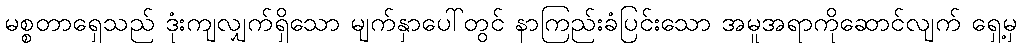
မစ္စတာရှေသည် ဒုံးကျလျှက်ရှိသော မျက်နှာပေါ်တွင် နာကြည်းခံပြင်းသော အမူအရာကိုဆောင်လျက် ရှေ့မှ